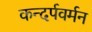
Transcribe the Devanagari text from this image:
कन्दर्पवर्मन